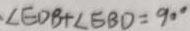
\angle E D B + \angle E B D = 9 0 ^ { \circ }